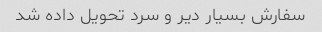
سفارش بسیار دیر و سرد تحویل داده شد